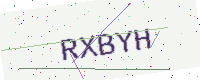
Text: RXBYH